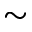
\sim